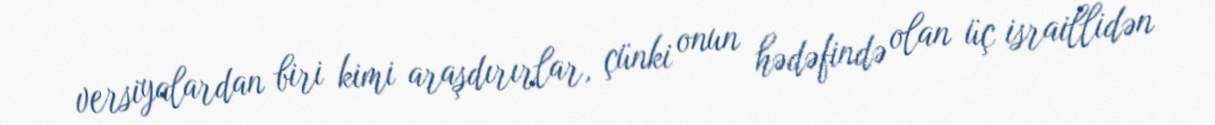
versiyalardan biri kimi araşdırırlar, çünki onun hədəfində olan üç israillidən